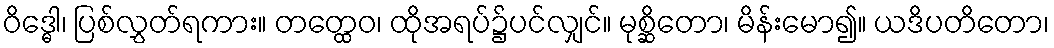
ဝိဒ္ဓေါ၊ ပြစ်လွှတ်ရကား။ တတ္ထေဝ၊ ထိုအရပ်၌ပင်လျှင်။ မုစ္ဆိတော၊ မိန်းမော၍။ ယဒိပတိတော၊